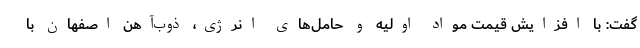
گفت: با افزایش قیمت مواد اولیه و حامل‌های انرژی، ذوب‌آهن اصفهان با